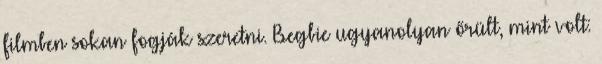
filmben sokan fogják szeretni. Begbie ugyanolyan őrült, mint volt: